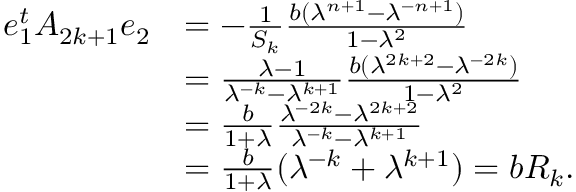
\begin{array} { r l } { e _ { 1 } ^ { t } A _ { 2 k + 1 } e _ { 2 } } & { = - \frac { 1 } { S _ { k } } \frac { b ( \lambda ^ { n + 1 } - \lambda ^ { - n + 1 } ) } { 1 - \lambda ^ { 2 } } } \\ & { = \frac { \lambda - 1 } { \lambda ^ { - k } - \lambda ^ { k + 1 } } \frac { b ( \lambda ^ { 2 k + 2 } - \lambda ^ { - 2 k } ) } { 1 - \lambda ^ { 2 } } } \\ & { = \frac { b } { 1 + \lambda } \frac { \lambda ^ { - 2 k } - \lambda ^ { 2 k + 2 } } { \lambda ^ { - k } - \lambda ^ { k + 1 } } } \\ & { = \frac { b } { 1 + \lambda } ( \lambda ^ { - k } + \lambda ^ { k + 1 } ) = b R _ { k } . } \end{array}